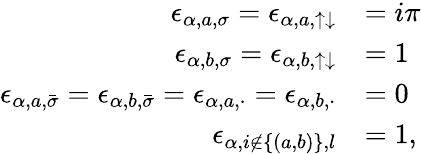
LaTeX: \begin{array}{rl}{\epsilon_{\alpha,a,\sigma}=\epsilon_{\alpha,a,\uparrow\downarrow}}&{=i\pi}\\ {\epsilon_{\alpha,b,\sigma}=\epsilon_{\alpha,b,\uparrow\downarrow}}&{=1}\\ {\epsilon_{\alpha,a,\bar{\sigma}}=\epsilon_{\alpha,b,\bar{\sigma}}=\epsilon_{\alpha,a,\cdot}=\epsilon_{\alpha,b,\cdot}}&{=0}\\ {\epsilon_{\alpha,i\not\in\{ (a,b)\} ,l}}&{=1,}\end{array}